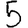
Digit: 5